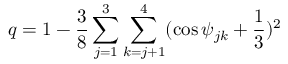
q = 1 - \frac { 3 } { 8 } \sum _ { j = 1 } ^ { 3 } \sum _ { k = j + 1 } ^ { 4 } ( \cos \psi _ { j k } + \frac { 1 } { 3 } ) ^ { 2 }